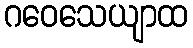
ဂဝေသေယျာထ